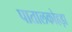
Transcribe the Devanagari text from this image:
पातालकोहड़ा